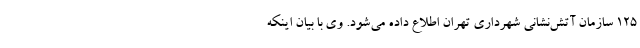
۱۲۵ سازمان آتش‌نشانی شهرداری تهران اطلاع داده می‌شود. وی با بیان اینکه